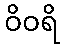
ဝိဝရိ